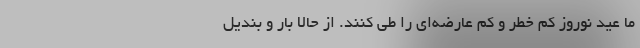
ما عید نوروز کم خطر و کم عارضه‌ای را طی کنند. از حالا بار و بندیل